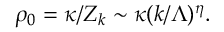
\rho _ { 0 } = \kappa / Z _ { k } \sim \kappa ( k / \Lambda ) ^ { \eta } .